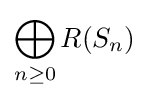
\bigoplus _{n\geq 0}R(S_{n})